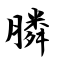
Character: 膦